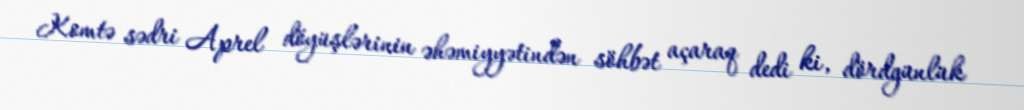
Komtə sədri Aprel döyüşlərinin əhəmiyyətindən söhbət açaraq dedi ki, dördgünlük